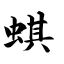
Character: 蜞